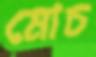
মোচ